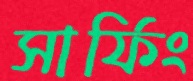
সার্ফিং